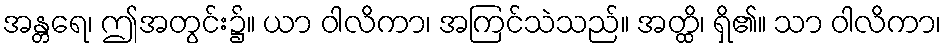
အန္တရေ၊ ဤအတွင်း၌။ ယာ ဝါလိကာ၊ အကြင်သဲသည်။ အတ္ထိ၊ ရှိ၏။ သာ ဝါလိကာ၊